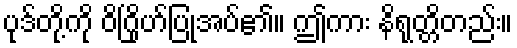
ပုဒ်တို့ကို ဝိဂြိုဟ်ပြုအပ်၏။ ဤကား နိရုတ္တိတည်း။